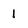
Character: 1